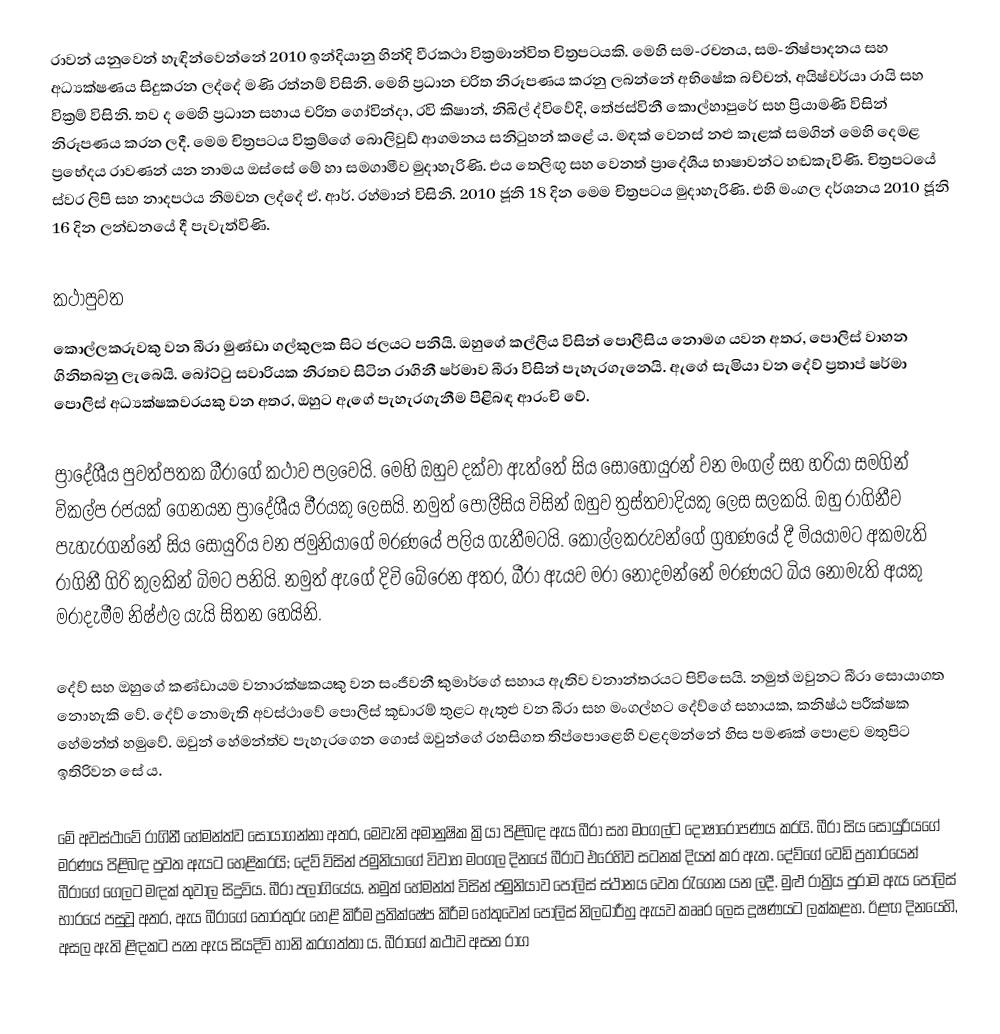
රාවන් යනුවෙන් හැඳින්වෙන්නේ 2010 ඉන්දියානු හින්දි වීරකථා වික්‍රමාන්විත චිත්‍රපටයකි. මෙහි සම-රචනය, සම-නිෂ්පාදනය සහ අධ්‍යක්ෂණය සිදුකරන ලද්දේ මණි රත්නම් විසිනි. මෙහි ප්‍රධාන චරිත නිරූපණය කරනු ලබන්නේ අභිෂේක බච්චන්, අයිෂ්වර්යා රායි සහ වික්‍රම් විසිනි. තව ද මෙහි ප්‍රධාන සහාය චරිත ගෝවින්දා, රවි කිෂාන්, නිඛිල් ද්විවේදි, තේජස්විනී කොල්හාපුරේ සහ ප්‍රියාමණි විසින් නිරූපණය කරන ලදී. මෙම චිත්‍රපටය වික්‍රම්ගේ බොලිවුඩ් ආගමනය සනිටුහන් කළේ ය. මඳක් වෙනස් නළු කැළක් සමගින් මෙහි දෙමළ ප්‍රභේදය රාවණන් යන නාමය ඔස්සේ මේ හා සමගාමීව මුදාහැරිණි. එය තෙලිඟු සහ වෙනත් ප්‍රාදේශීය භාෂාවන්ට හඬකැවිණි. චිත්‍රපටයේ ස්වර ලිපි සහ නාදපථය නිමවන ලද්දේ ඒ. ආර්. රහ්මාන් විසිනි. 2010 ජූනි 18 දින මෙම චිත්‍රපටය මුදාහැරිණි. එහි මංගල දර්ශනය 2010 ජූනි 16 දින ලන්ඩනයේ දී පැවැත්විණි.

කථාපුවත
කොල්ලකරුවකු වන බීරා මුණ්ඩා ගල්කුලක සිට ජලයට පනියි. ඔහුගේ කල්ලිය විසින් පොලීසිය නොමග යවන අතර, පොලිස් වාහන ගිනිතබනු ලැබෙයි. බෝට්ටු සවාරියක නිරතව සිටින රාගිනී ෂර්මාව බීරා විසින් පැහැරගැනෙයි. ඇගේ සැමියා වන දේව් ප්‍රතාප් ෂර්මා පොලිස් අධ්‍යක්ෂකවරයකු වන අතර, ඔහුට ඇගේ පැහැරගැනීම පිළිබඳ ආරංචි වේ.

ප්‍රාදේශීය පුවත්පතක බීරාගේ කථාව පලවෙයි. මෙහි ඔහුව දක්වා ඇත්තේ සිය සොහොයුරන් වන මංගල් සහ හරියා සමගින් විකල්ප රජයක් ගෙනයන ප්‍රාදේශීය වීරයකු ලෙසයි. නමුත් පොලීසිය විසින් ඔහුව ත්‍රස්තවාදියකු ලෙස සලකයි. ඔහු රාගිනීව පැහැරගන්නේ සිය සොයුරිය වන ජමුනියාගේ මරණයේ පලිය ගැනීමටයි. කොල්ලකරුවන්ගේ ග්‍රහණයේ දී මියයාමට අකමැති රාගිනී ගිරි කුලකින් බිමට පනියි. නමුත් ඇගේ දිවි බේරෙන අතර, බීරා ඇයව මරා නොදමන්නේ මරණයට බිය නොමැති අයකු මරාදැමීම නිෂ්ඵල යැයි සිතන හෙයිනි.

දේව් සහ ඔහුගේ කණ්ඩායම වනාරක්ෂකයකු වන සංජීවනී කුමාර්ගේ සහාය ඇතිව වනාන්තරයට පිවිසෙයි. නමුත් ඔවුනට බීරා සොයාගත නොහැකි වේ. දේව් නොමැති අවස්ථාවේ පොලිස් කූඩාරම් තුළට ඇතුළු වන බීරා සහ මංගල්හට දේව්ගේ සහායක, කනිෂ්ඨ පරීක්ෂක ‍හේමන්ත් හමුවේ. ඔවුන් හේමන්ත්ව පැහැරගෙන ගොස් ඔවුන්ගේ රහසිගත තිප්පොළෙහි වළදමන්නේ හිස පමණක් පොළව මතුපිට ඉතිරිවන සේ ය.

මේ අවස්ථාවේ රාගිනී හේමන්ත්ව සොයාගන්නා අතර, මෙවැනි අමානුෂික ක්‍රියා පිළිබඳ ඇය බීරා සහ මංගල්ට දෝෂාරෝපණය කරයි. බීරා සිය සොයුරිය‍ගේ මරණය පිළිබඳ පුවත ඇයට හෙළිකරයි; දේව් විසින් ජමුනියාගේ විවාහ මංගල දිනයේ බීරාට එරෙහිව සටනක් දියත් කර ඇත. දේව්ගේ වෙඩි ප්‍රහාරයෙන් බීරා‍‍ගේ ගෙලට මඳක් තුවාල සිදුවිය. බීරා පලාගියේය. නමුත් හේමන්ත් විසින් ජමුනියාව පොලිස් ස්ථානය වෙත රැගෙන යන ලදී. මුළු රාත්‍රිය පුරාම ඇය පොලිස් භාරයේ පසුවූ අතර, ඇය බීරාගේ තොරතුරු හෙළි කිරීම ප්‍රතික්ෂේප කිරීම හේතුවෙන් පොලිස් නිලධාරීහු ඇයව කෲර ලෙස දූෂණයට ලක්කළහ. ඊළඟ දිනයෙහි, අසල ඇති ළිඳකට පැන ඇය සියදිවි හානි කරගත්තා ය. බීරාගේ කථාව අසන රාග